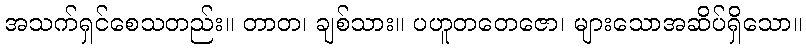
အသက်ရှင်စေသတည်း။ တာတ၊ ချစ်သား။ ပဟူတတေဇော၊ များသောအဆိပ်ရှိသော။